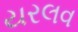
યરલવ